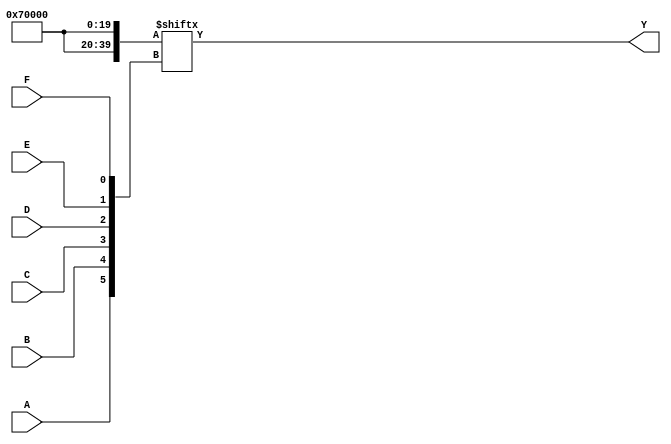
module six_variable_kmap (
    input wire A,
    input wire B,
    input wire C,
    input wire D,
    input wire E,
    input wire F,
    output wire Y
);

// K-map implementation
// The K-map is defined based on the specific logic function
// You will need to fill in the K-map values based on your specific logic.

wire [63:0] kmap; // 64-cell K-map

// Define the K-map values here. For example, let's assume a simple function:
assign kmap[0] = 1'b0;  // A'B'C'D'E'F'
assign kmap[1] = 1'b0;  // A'B'C'D'E'F
assign kmap[2] = 1'b0;  // A'B'C'D'EF'
assign kmap[3] = 1'b0;  // A'B'C'D'EF
assign kmap[4] = 1'b0;  // A'B'C'DE'F'
assign kmap[5] = 1'b0;  // A'B'C'DE'F
assign kmap[6] = 1'b0;  // A'B'C'DEF'
assign kmap[7] = 1'b0;  // A'B'C'DEF
assign kmap[8] = 1'b0;  // A'B'CD'E'F'
assign kmap[9] = 1'b0;  // A'B'CD'E'F
assign kmap[10] = 1'b0; // A'B'CD'EF'
assign kmap[11] = 1'b0; // A'B'CD'EF
assign kmap[12] = 1'b0; // A'B'CDE'F'
assign kmap[13] = 1'b0; // A'B'CDE'F
assign kmap[14] = 1'b0; // A'B'CDEF'
assign kmap[15] = 1'b0; // A'B'CDEF
// Continue filling out the K-map based on your logic function...

// Example K-map values for a hypothetical function
// Here, we assume some arbitrary values for demonstration purposes
assign kmap[16] = 1'b1; // A'BC'D'E'F'
assign kmap[17] = 1'b1; // A'BC'D'E'F
assign kmap[18] = 1'b1; // A'BC'D'EF'
assign kmap[19] = 1'b0; // A'BC'D'EF
// Continue filling the K-map...

// The K-map is organized in Gray code order.
// Calculate the output Y based on the K-map values
assign Y = kmap[{A, B, C, D, E, F}];

endmodule